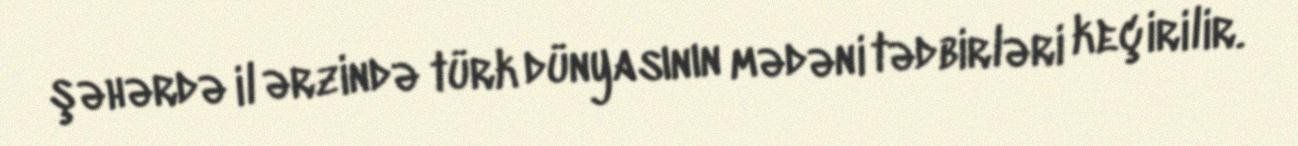
şəhərdə il ərzində türk dünyasının mədəni tədbirləri keçirilir.